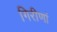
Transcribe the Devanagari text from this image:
गिरीणां